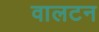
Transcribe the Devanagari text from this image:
वालटन